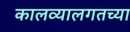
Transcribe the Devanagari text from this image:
कालव्यालगतच्या